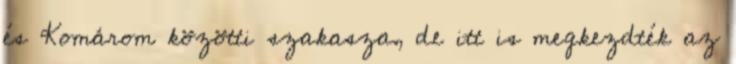
és Komárom közötti szakasza, de itt is megkezdték az